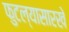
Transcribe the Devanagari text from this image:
फुटल्यासारखे